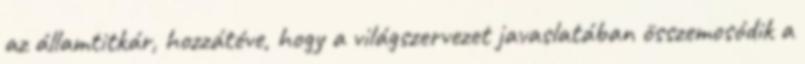
az államtitkár, hozzátéve, hogy a világszervezet javaslatában összemosódik a